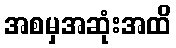
အစမှအဆုံးအထိ